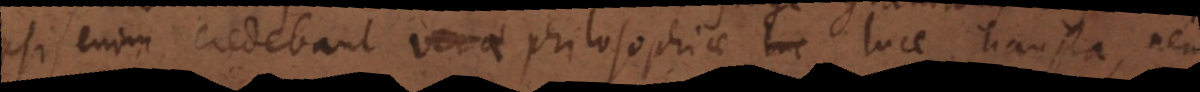
ipsi enim credebant verae philosophiae luce hausta, ne